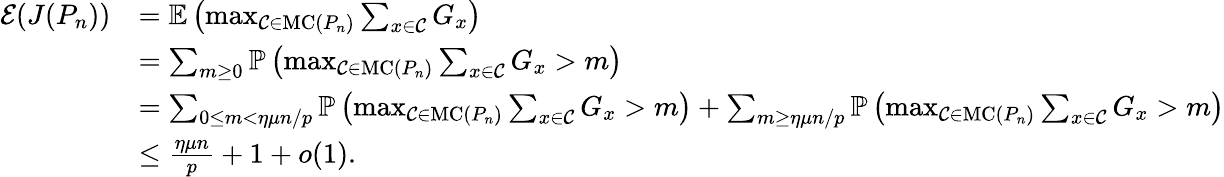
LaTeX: \begin{array}{rl}{\mathcal E(J(P_{n}))}&{=\mathbb E\left(\operatorname*{max}_{\mathcal C\in\mathrm{MC}(P_{n})}\sum_{x\in\mathcal C}G_{x}\right)}\\ &{=\sum_{m\geq 0}\mathbb{P}\left(\operatorname*{max}_{\mathcal C\in\mathrm{MC}(P_{n})}\sum_{x\in\mathcal C}G_{x}>m\right)}\\ &{=\sum_{0\leq m<\eta\mu n/p}\mathbb{P}\left(\operatorname*{max}_{\mathcal C\in\mathrm{MC}(P_{n})}\sum_{x\in\mathcal C}G_{x}>m\right)+\sum_{m\geq\eta\mu n/p}\mathbb{P}\left(\operatorname*{max}_{\mathcal C\in\mathrm{MC}(P_{n})}\sum_{x\in\mathcal C}G_{x}>m\right)}\\ &{\leq\frac{\eta\mu n}{p}+1+o(1).}\end{array}